Civil Veterinary Dept. Bombay admin report 1923-31 - 1923-1931
Year: 1923
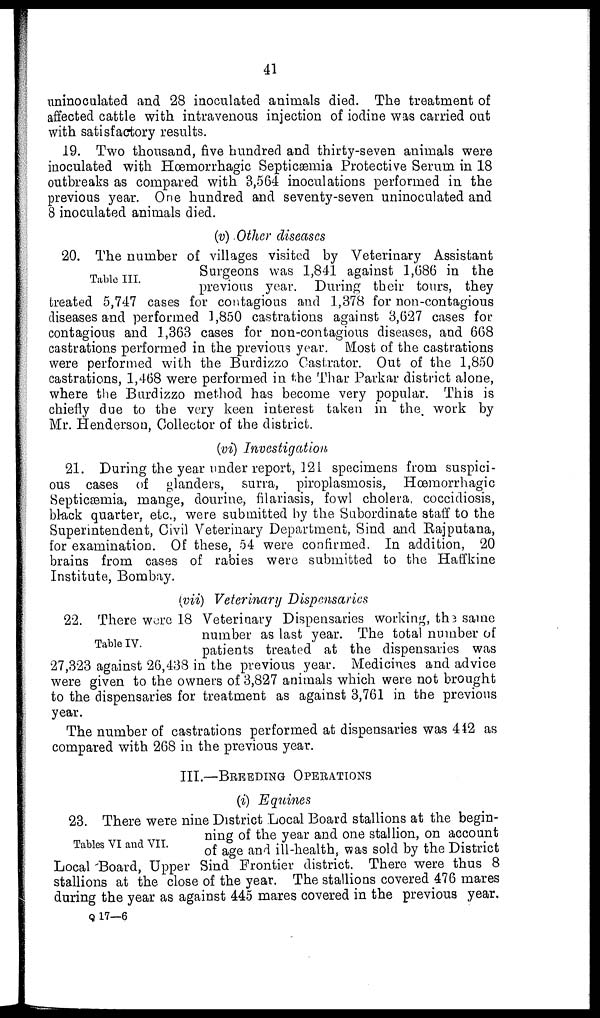
41
uninoculated and 28 inoculated animals died. The treatment of
affected cattle with intravenous injection of iodine was carried out
with satisfactory results.
19. Two thousand, five hundred and thirty-seven animals were
inoculated with Hæmorrhagic Septicaemia Protective Serum in 18
outbreaks as compared with 3,564 inoculations performed in the
previous year. One hundred and seventy-seven uninoculated and
8 inoculated animals died.
(v) Other diseases
Table III.
20. The number of villages visited by Veterinary Assistant
Surgeons was 1,841 against 1,686 in the
previous year. During their tours, they
treated 5,747 cases for contagious and 1,878 for non-contagious
diseases and performed 1,850 castrations against 8,627 cases for
contagious and 1,363 cases for non-contagious diseases, and 668
castrations performed in the previous year. Most of the castrations
were performed with the Burdizzo Castrator. Out of the 1,850
castrations, 1,468 were performed in the Thar Parkar district alone,
where the Burdizzo method has become very popular. This is
chiefly due to the very keen interest taken in the work by
Mr. Henderson, Collector of the district.
(vi) Investigation
21. During the year under report, 121 specimens from suspici-
ous cases of glanders, surra, piroplasmosis, Hæmorrhagic
Septicæmia, mange, dourine, filariasis, fowl cholera, coccidiosis,
black quarter, etc., were submitted by the Subordinate staff to the
Superintendent, Civil Veterinary Department, Sind and Rajputana,
for examination. Of these, 54 were confirmed. In addition, 20
brains from cases of rabies were submitted to the Haffkine
Institute, Bombay.
(vii) Veterinary Dispensaries
Table IV.
22. There were 18 Veterinary Dispensaries working, the same
number as last year. The total number of
patients treated at the dispensaries was
27,323 against 26,438 in the previous year. Medicines and advice
were given to the owners of 3,827 animals which were not brought
to the dispensaries for treatment as against 3,761 in the previous
year.
The number of castrations performed at dispensaries was 442 as
compared with 268 in the previous year.
III.—BREEDING OPERATIONS
(i) Equines
Tables VI and VII.
23. There were nine District Local Board stallions at the begin-
ning of the year and one stallion, on account
of age and ill-health, was sold by the District
Local Board, Upper Sind Frontier district. There were thus 8
stallions at the close of the year. The stallions covered 476 mares
during the year as against 445 mares covered in the previous year.
Q 17—6